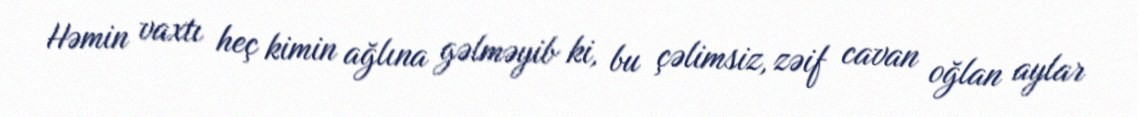
Həmin vaxtı heç kimin ağlına gəlməyib ki, bu çəlimsiz, zəif cavan oğlan aylar